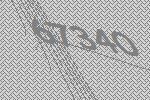
67340